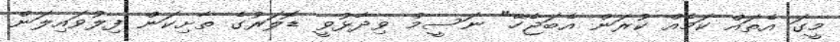
މީގަ އެތައް ކަމެއް ކުރަން އެބަޖެހޭ" ނަސީމް ވިދާޅުވީ ޑޮލަރުގެ ތާށިކަން ފިލުވައިލަން